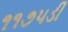
૧૧૭૫ડી